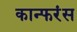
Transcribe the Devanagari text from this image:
कान्फरंस